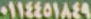
٠١١٤٤٥١٨٤٩